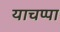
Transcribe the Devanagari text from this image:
याचप्पा